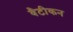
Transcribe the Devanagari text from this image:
वैटीकन